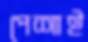
পেশাই